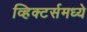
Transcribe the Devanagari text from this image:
व्हिक्टर्समध्ये